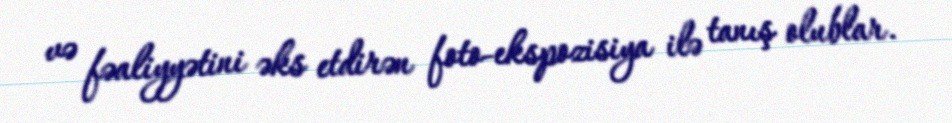
və fəaliyyətini əks etdirən foto-ekspozisiya ilə tanış olublar.